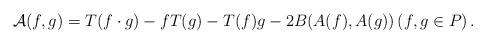
LaTeX: \begin{align*}\mathcal{A}(f, g)= T(f\cdot g)-fT(g)-T(f)g-2B(A(f), A(g)) \left(f, g\in P\right). \end{align*}